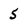
Character: 5